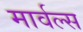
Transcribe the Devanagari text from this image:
मार्वल्स